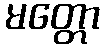
မတ္တော